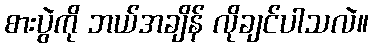
စားပွဲကို ဘယ်အချိန် လိုချင်ပါသလဲ။